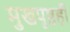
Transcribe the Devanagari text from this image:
मुखपृष्ठही